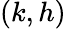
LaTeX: (k,h)